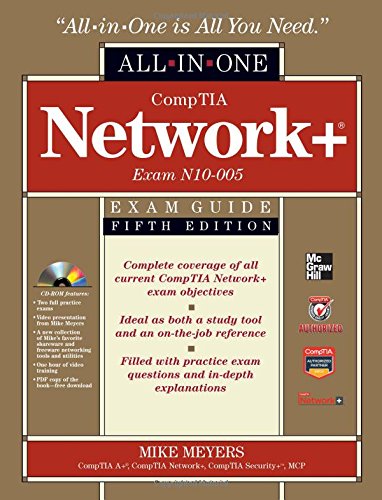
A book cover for CompTIA Network+ Certification All-in-One Exam Guide, 5th Edition (Exam N10-005); Mike Meyers; Engineering & Transportation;